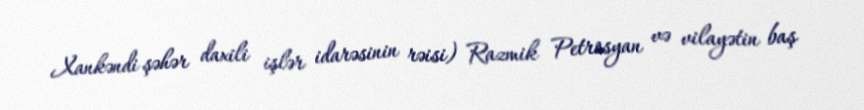
Xankəndi şəhər daxili işlər idarəsinin rəisi) Razmik Petrosyan və vilayətin baş